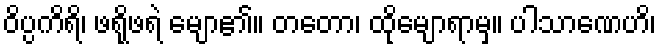
ဝိပ္ပကိရိ၊ ဖရိုဖရဲ မျော၏။ တတော၊ ထိုမျောရာမှ။ ပါသာဏေဟိ၊